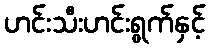
ဟင်းသီးဟင်းရွက်နှင့်